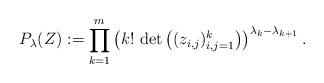
LaTeX: \begin{align*} P_{\lambda}(Z):= \prod_{k=1}^m \left( k! \, \det\left( (z_{i,j})_{i,j=1}^{k} \right) \right)^{\lambda_{k}-\lambda_{k+1}}.\end{align*}